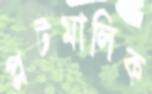
প্লটমালিক